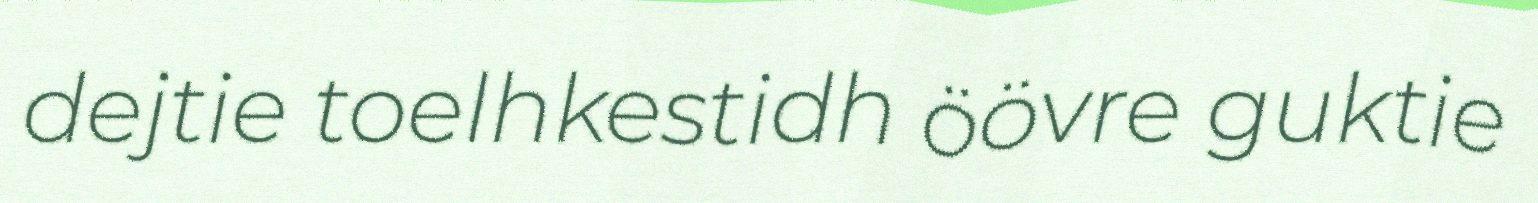
dejtie toelhkestidh öövre guktie